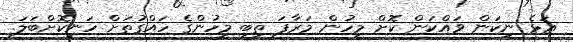
ޢަޅެ ނިކަން ވައްކަން ކޮށް މީހުން މަރާފަ ތިބި މީހުންގެ ހައްގުތަށް ހަނިކޮށްބަލަ.